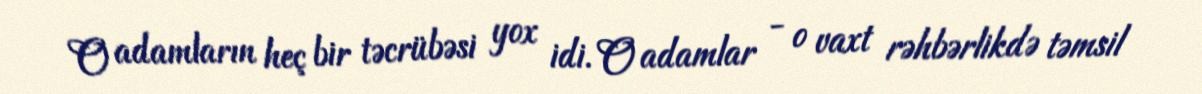
O adamların heç bir təcrübəsi yox idi. O adamlar - o vaxt rəhbərlikdə təmsil